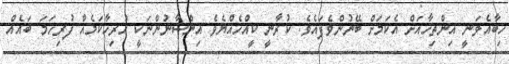
ހިބާއެވަނީ އިންތިހާއަށް އެކަމަށް ބޭނުންވެފައެވެ. ކުރާނީ ކީއްހެއްޔެވެ އިންސާނުންނަކީ ހުރިހާކަމެއް ފުރިހަމަ ބައެއް